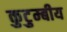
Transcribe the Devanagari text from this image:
कुटुम्बीय